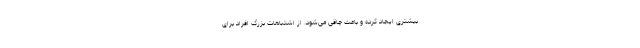
بیشتری ایجاد کرده و باعث چاقی می‌شود. از اشتباهات بزرگ افراد برای